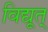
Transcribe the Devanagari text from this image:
विद्यूत्‌